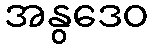
အနွဒေဝ